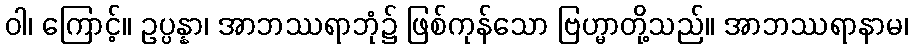
ဝါ၊ ကြောင့်။ ဥပ္ပန္နာ၊ အာဘဿရာဘုံ၌ ဖြစ်ကုန်သော ဗြဟ္မာတို့သည်။ အာဘဿရာနာမ၊